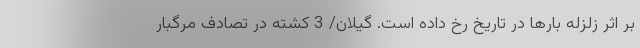
بر اثر زلزله بارها در تاریخ رخ داده است. گیلان/ 3 کشته در تصادف مرگبار